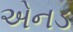
એનડ